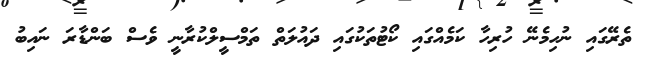
ތެރޭގައި ނުހިމެނޭ ހުރިހާ ކަމެއްގައި ކޯޓުތަކުގައި ދައުލަތް ތަމްސީލްކުރާނީ ވެސް ބަންޑާރަ ނައިބު